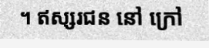
។ ឥស្សរជន នៅ ក្រៅ